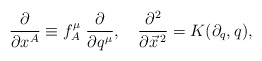
\begin{align*}\frac{\partial}{\partial x^A} \equiv f_A^\mu ~ \frac{\partial}{\partial q^\mu},~~~ \frac{\partial^2}{\partial \vec{x}^{\, 2}} = K(\partial_q, q),\end{align*}